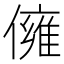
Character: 㒕